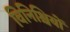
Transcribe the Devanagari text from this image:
विनिश्चियों